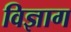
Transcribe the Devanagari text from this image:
विज्ञाग